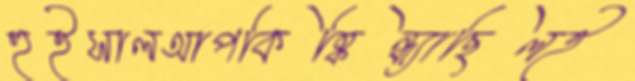
হুইসালআপকিষ্কিন্ধ্যাছিলই